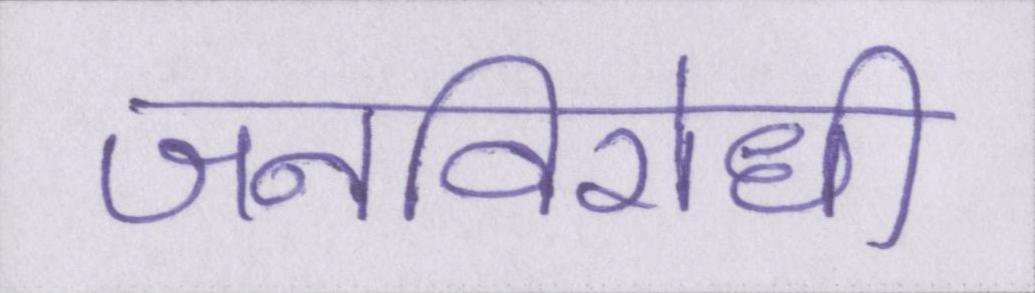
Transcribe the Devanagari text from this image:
जनविरोधी